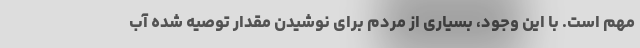
مهم است. با این وجود، بسیاری از مردم برای نوشیدن مقدار توصیه شده آب